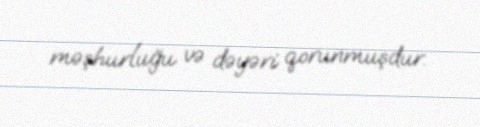
məşhurluğu və dəyəri qorunmuşdur.